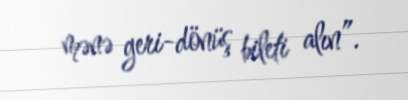
mənə geri-dönüş bileti alın”.